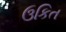
ઉકિત